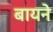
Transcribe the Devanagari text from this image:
बायने